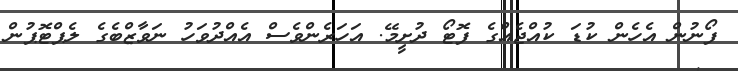
ފޯނުން އެހެން ކުޑަ ކުއްޖެއްގެ ފޮޓޯ ދުށީމޭ. އަހަރެންވެސް އެއްދުވަހު ނަވާޒްބެގެ ލެޕްޓޮޕުން